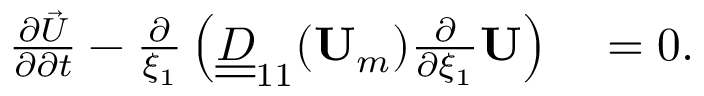
\begin{array} { r l } { \frac { \partial \vec { U } } { \partial \partial t } - \frac { \partial } { \xi _ { 1 } } \left( \underline { { \underline { { D } } } } _ { 1 1 } ( \mathbf { U } _ { m } ) \frac { \partial } { \partial \xi _ { 1 } } \mathbf { U } \right) } & { { } = 0 . } \end{array}